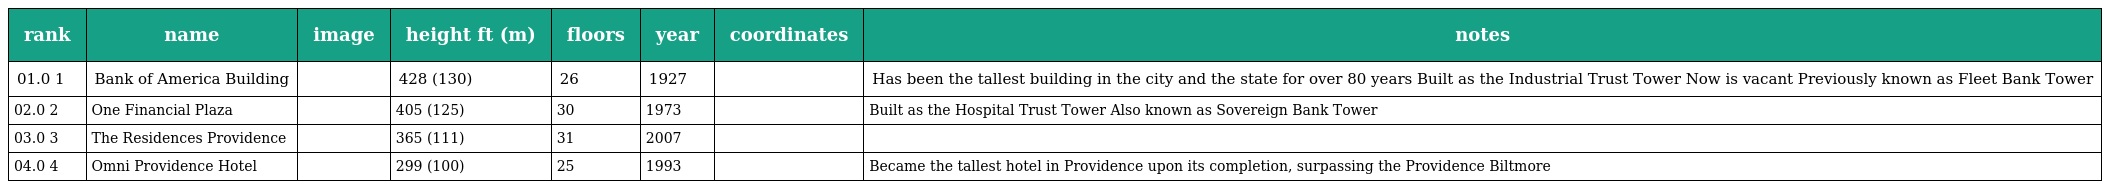
| rank | name | image | height ft (m) | floors | year | coordinates | notes |
 | --- | --- | --- | --- | --- | --- | --- | --- |
 | 01.0 1 | Bank of America Building |  | 428 (130) | 26 | 1927 |  | Has been the tallest building in the city and the state for over 80 years Built as the Industrial Trust Tower Now is vacant Previously known as Fleet Bank Tower |
 | 02.0 2 | One Financial Plaza |  | 405 (125) | 30 | 1973 |  | Built as the Hospital Trust Tower Also known as Sovereign Bank Tower |
 | 03.0 3 | The Residences Providence |  | 365 (111) | 31 | 2007 |  |  |
 | 04.0 4 | Omni Providence Hotel |  | 299 (100) | 25 | 1993 |  | Became the tallest hotel in Providence upon its completion, surpassing the Providence Biltmore |